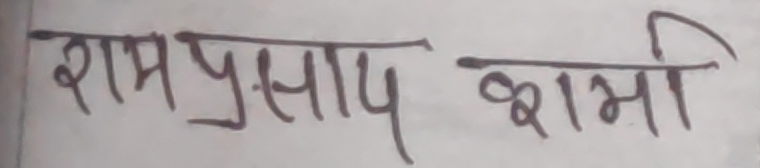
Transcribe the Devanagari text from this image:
राम प्रसाद शर्मा